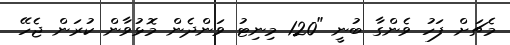
މެޗަށް ފަހު ވެންގާ ބުނީ "120 މިނިޓު ވަންދެން މޮޅުވާން ކުރަން ޖެހޭ